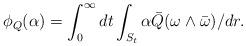
LaTeX: \begin{align*}\phi_Q(\alpha) = \int_{0}^\infty dt \int_{S_t} \alpha \bar Q(\omega \wedge \bar \omega)/dr.\end{align*}